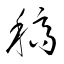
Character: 稿